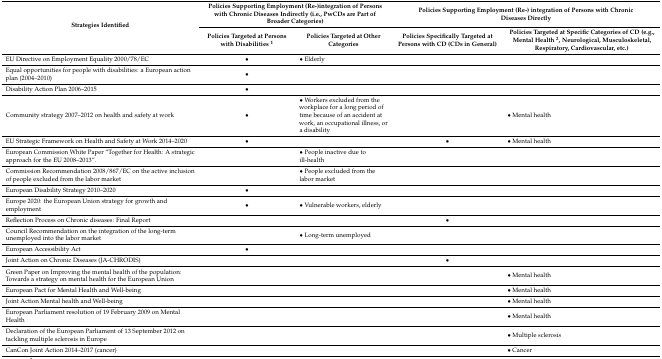
<table><thead><tr><td rowspan="2"><b>Strategies Identified</b></td><td colspan="2"><b>Policies Supporting Employment (Re-)integration of Persons with Chronic Diseases Indirectly (i.e., PwCDs are Part of Broader Categories)</b></td><td colspan="2"><b>Policies Supporting Employment (Re-) integration of Persons with Chronic Diseases Directly </b></td></tr><tr><td><b>Policies Targeted at Persons with Disabilities <sup>1</sup></b></td><td><b>Policies Targeted at Other Categories</b></td><td><b>Policies Specifically Targeted at Persons with CD (CDs in General)</b></td><td><b>Policies Targeted at Specific Categories of CD (e.g., Mental Health <sup>2</sup>, Neurological, Musculoskeletal, Respiratory, Cardiovascular, etc.)</b></td></tr></thead><tbody><tr><td>EU Directive on Employment Equality 2000/78/EC</td><td>•</td><td>• Elderly</td><td></td><td></td></tr><tr><td>Equal opportunities for people with disabilities: a European action plan (2004–2010)</td><td>•</td><td></td><td></td><td></td></tr><tr><td>Disability Action Plan 2006–2015</td><td>•</td><td></td><td></td><td></td></tr><tr><td>Community strategy 2007–2012 on health and safety at work</td><td>•</td><td>• Workers excluded from the workplace for a long period of time because of an accident at work, an occupational illness, or a disability</td><td></td><td>• Mental health</td></tr><tr><td>EU Strategic Framework on Health and Safety at Work 2014–2020</td><td>•</td><td></td><td>•</td><td>• Mental health</td></tr><tr><td>European Commission White Paper “Together for Health: A strategic approach for the EU 2008–2013”.</td><td></td><td>• People inactive due to ill-health</td><td></td><td></td></tr><tr><td>Commission Recommendation 2008/867/EC on the active inclusion of people excluded from the labor market</td><td></td><td>• People excluded from the labor market</td><td></td><td></td></tr><tr><td>European Disability Strategy 2010–2020</td><td>•</td><td></td><td></td><td></td></tr><tr><td>Europe 2020: the European Union strategy for growth and employment</td><td>•</td><td>• Vulnerable workers, elderly</td><td></td><td></td></tr><tr><td>Reflection Process on Chronic diseases: Final Report</td><td></td><td></td><td>•</td><td></td></tr><tr><td>Council Recommendation on the integration of the long-term unemployed into the labor market</td><td></td><td>• Long-term unemployed</td><td></td><td></td></tr><tr><td>European Accessibility Act</td><td>•</td><td></td><td></td><td></td></tr><tr><td>Joint Action on Chronic Diseases (JA-CHRODIS)</td><td></td><td></td><td>•</td><td></td></tr><tr><td>Green Paper on Improving the mental health of the population: Towards a strategy on mental health for the European Union</td><td></td><td></td><td></td><td>• Mental health</td></tr><tr><td>European Pact for Mental Health and Well-being</td><td></td><td></td><td></td><td>• Mental health</td></tr><tr><td>Joint Action Mental health and Well-being</td><td></td><td></td><td></td><td>• Mental health</td></tr><tr><td>European Parliament resolution of 19 February 2009 on Mental Health</td><td></td><td></td><td></td><td>• Mental health</td></tr><tr><td>Declaration of the European Parliament of 13 September 2012 on tackling multiple sclerosis in Europe</td><td></td><td></td><td></td><td>• Multiple sclerosis</td></tr><tr><td>CanCon Joint Action 2014–2017 (cancer)</td><td></td><td></td><td></td><td>• Cancer</td></tr></tbody></table>